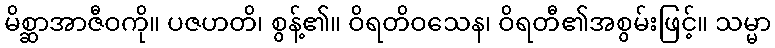
မိစ္ဆာအာဇီဝကို။ ပဇဟတိ၊ စွန့်၏။ ဝိရတိဝသေန၊ ဝိရတီ၏အစွမ်းဖြင့်။ သမ္မာ